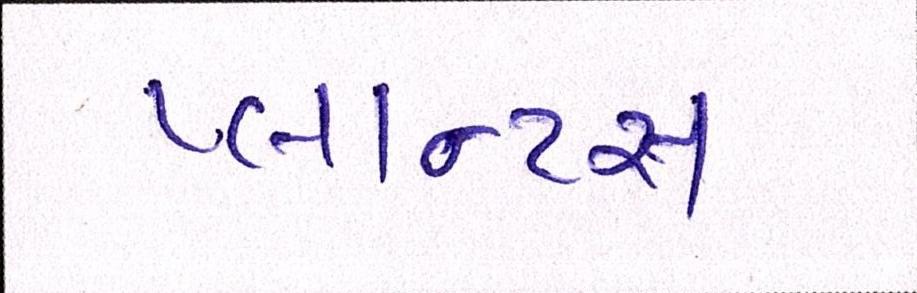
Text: પ્લાન્ટસ